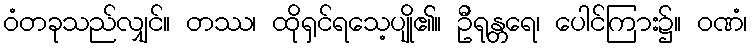
ဝံတခုသည်လျှင်။ တဿ၊ ထိုရှင်ရသေ့ပျို၏။ ဦရုန္တရေ၊ ပေါင်ကြား၌။ ဝဏံ၊